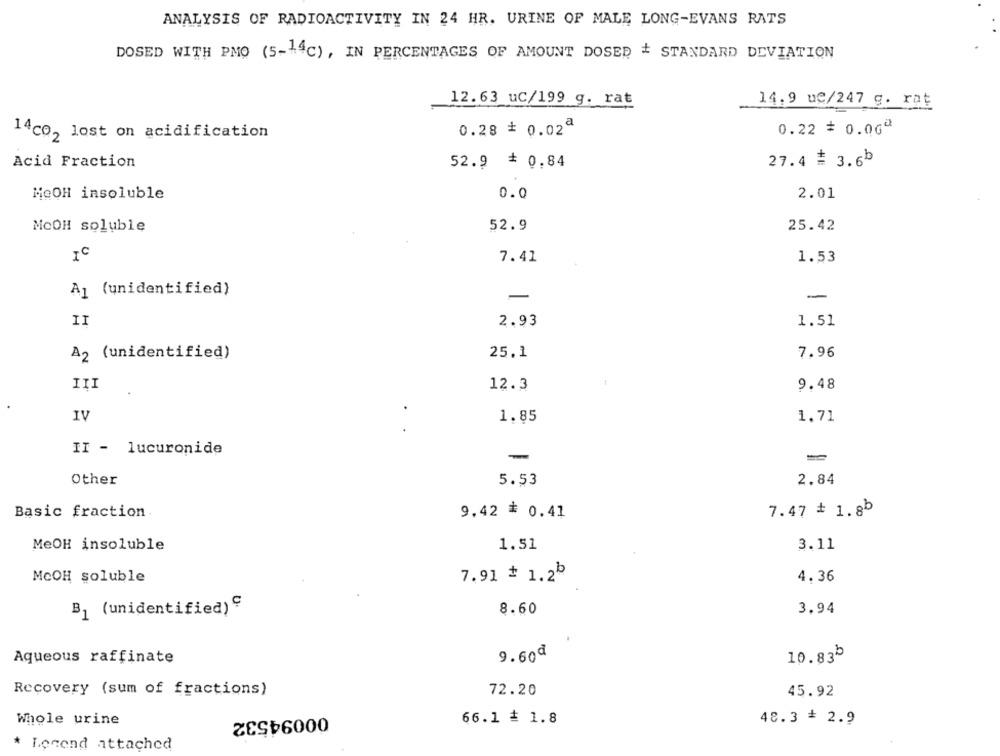
ANALYSIS OF RADIOACTIVITY IN 24 HR. URINE OF MALE LONG-EVANS RATS
DOSED WITH PMO (5-14℃) , IN PERCENTAGES OF AMOUNT DOSER # STANDARD DEVIATION
12.63_uC/199 g. rat
14.9 ue/247 g. rat
0.22 = 0.06º
14co, lost on acidification
0.28 * 0.02ª
Acid Fraction
52.9 = 0.84
27.4 = 3.6b
MOOH insoluble
0.0
2.01
MOOH soluble
52.9
25.42
IC
7.41
1.53
A1 (unidentified)
-
-
II
2.93
1.51
A2 (unidentified)
25.1
7.96
III
12.3
9.48
IV
1.85
1.71
II - lucuronide
-
Other
5.53
2.84
Basic fraction
9.42 * 0.41
7.47 # 1.8b
MeOH insoluble
1.51
3.11
McOH soluble
7.91 * 1.2b
4.36
B1 (unidentified)
8.60
3.94
9.60₫
10.835
Aqueous raffinate
Recovery (sum of fractions)
72.20
45.92
00094532
66.1 + 1.8
Whole urine
48.3 = 2.9
* Lonend attached